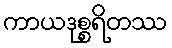
ကာယဒုစ္စရိတဿ